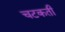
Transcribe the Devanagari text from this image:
चटकती